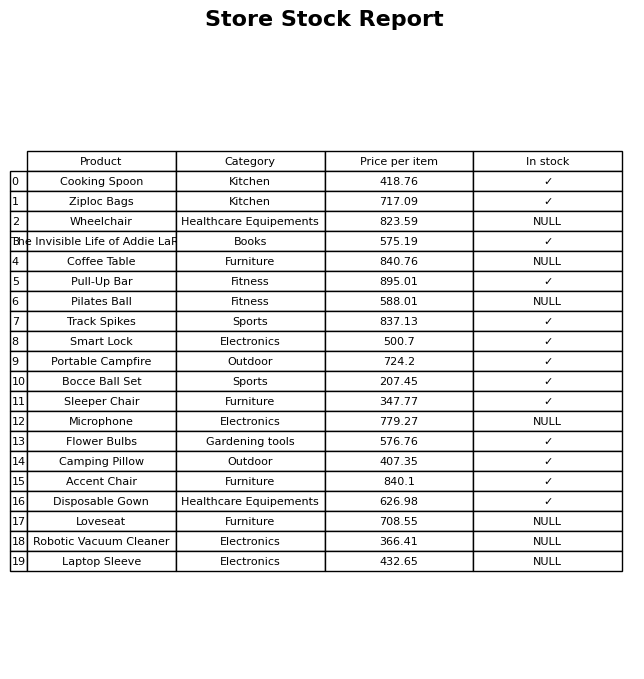
question: What is the price of the Robotic Vacuum Cleaner?
answer: The price of Robotic Vacuum Cleaner is 366.41.